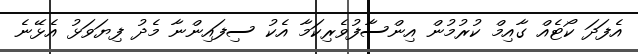
އެފަދަ ކޯޓެއް ގާއިމް ކުރުމުން އިންސާފުވެރިކަމާ އެކު ސިފައިންނާ މެދު ފިޔަވަޅު އެޅޭނެ